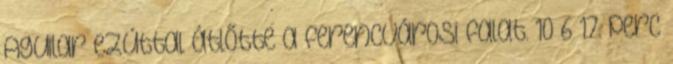
Aguilar ezúttal átlőtte a ferencvárosi falat. 10–6 17. perc